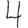
Digit: 4